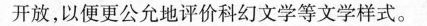
开放,以便更公允地评价科幻文学等文学样式。